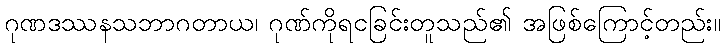
ဂုဏဒဿနသဘာဂတာယ၊ ဂုဏ်ကိုရငခြင်းတူသည်၏ အဖြစ်ကြောင့်တည်း။